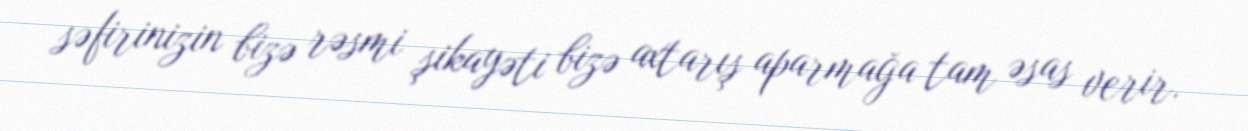
səfirinizin bizə rəsmi şikayəti bizə axtarış aparmağa tam əsas verir.